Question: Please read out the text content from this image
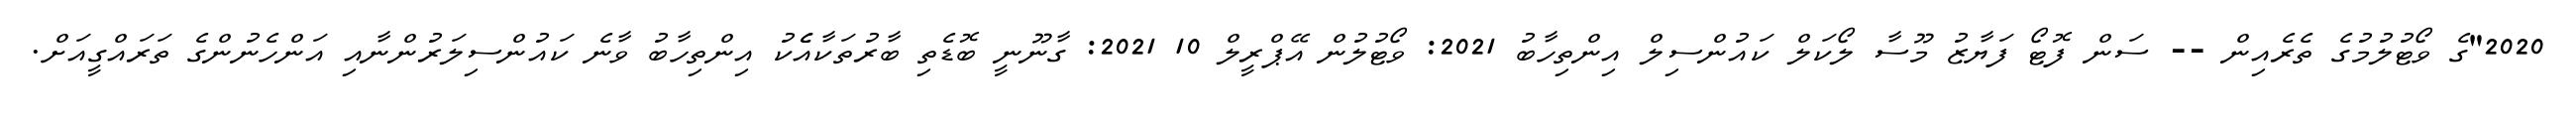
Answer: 2020"ގެ ވޯޓުލުމުގެ ތެރެއިން -- ސަން ފޮޓޯ ފަޔާޒު މޫސާ ލޯކަލް ކައުންސިލް އިންތިހާބު 2021: ވޯޓުލުން އޭޕްރީލް 10 2021: ގާނޫނީ ބޮޑެތި ބާރުތަކާއެެކު އިންތިހާބު ވާނެ ކައުންސިލަރުންނާއި އަންހެނުންގެ ތަރައްގީއަށް.